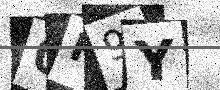
Text: 0F9Y